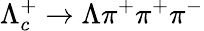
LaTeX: \Lambda_{c}^{+}\to\Lambda\pi^{+}\pi^{+}\pi^{-}